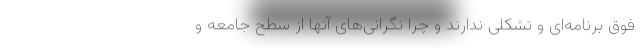
فوق برنامه‌ای و تشکلی ندارند و چرا نگرانی‌های آنها از سطح جامعه و